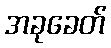
အခုခေတ်